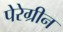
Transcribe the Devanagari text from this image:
पेरेग्रीन